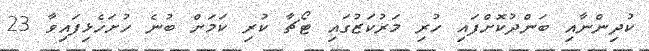
ކުދިންނާއި ބަންދުކޮށްފައި ހުރި މަރުކަޒުގައި ޓޯޗާ ކުރި ކަމަށް ބުނެ ހުށަހެޅިފައިވާ 23